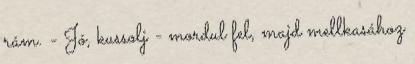
rám. - Jó, kussolj - mordul fel, majd mellkasához